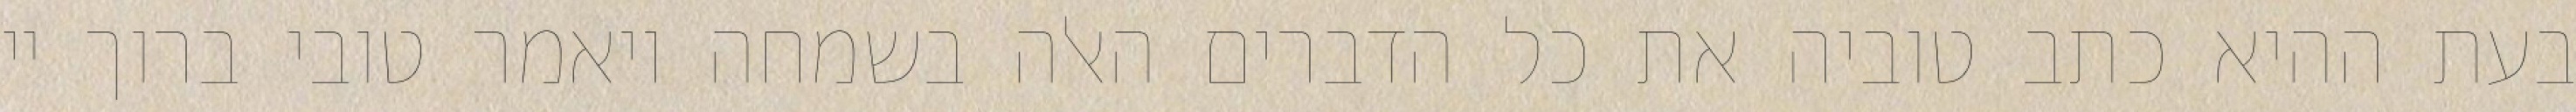
בעת ההיא כתב טוביה את כל הדברים האלה בשמחה ויאמר טובי ברוך יי